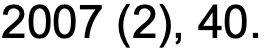
2007 (2), 40.